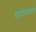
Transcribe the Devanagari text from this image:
तापोत्पादक